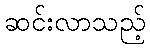
ဆင်းလာသည့်